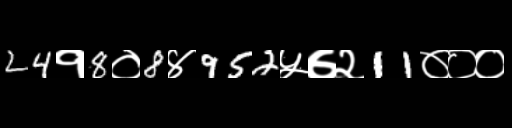
Text: 24१8०8४952५७२11०००